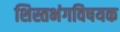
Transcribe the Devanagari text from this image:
शिस्तभंगविषयक